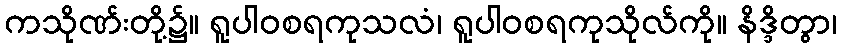
ကသိုဏ်းတို့၌။ ရူပါဝစရကုသလံ၊ ရူပါဝစရကုသိုလ်ကို။ နိဒ္ဒိတွာ၊